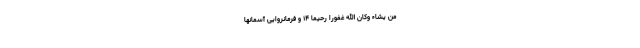
مَنْ يَشَاءُ وَكَانَ اللَّهُ غَفُورًا رَحِيمًا ۱۴ و فرمانروايى آسمانها